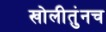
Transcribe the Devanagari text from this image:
खोलीतुंनच